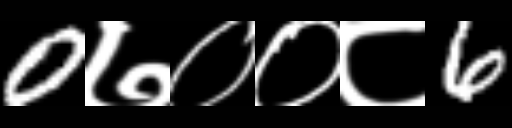
Text: 0७००८6